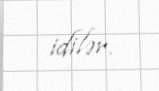
idilər.